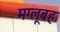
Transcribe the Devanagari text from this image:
मग्लूबह